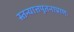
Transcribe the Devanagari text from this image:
स्तन्यात्तपूतनाप्राणः